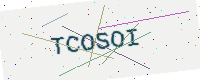
Text: TCOSOI